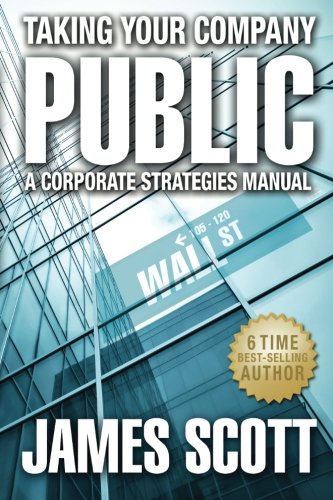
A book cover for Taking Your Company Public, A Corporate Strategies Manual (New Renaissance Series on Corporate Strategies); James Scott; Law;